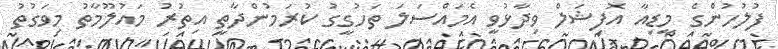
ފުލުހުންގެ މީޑިއާ އޮފިޝަލް ވިދާޅުވީ އެމައްސަލަ ތަހުގީގު ކުރަމުންދާތީ އިތުރު މައުލޫމާތު މިވަގުތު